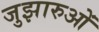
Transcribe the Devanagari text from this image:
जुझारुओं